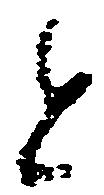
と